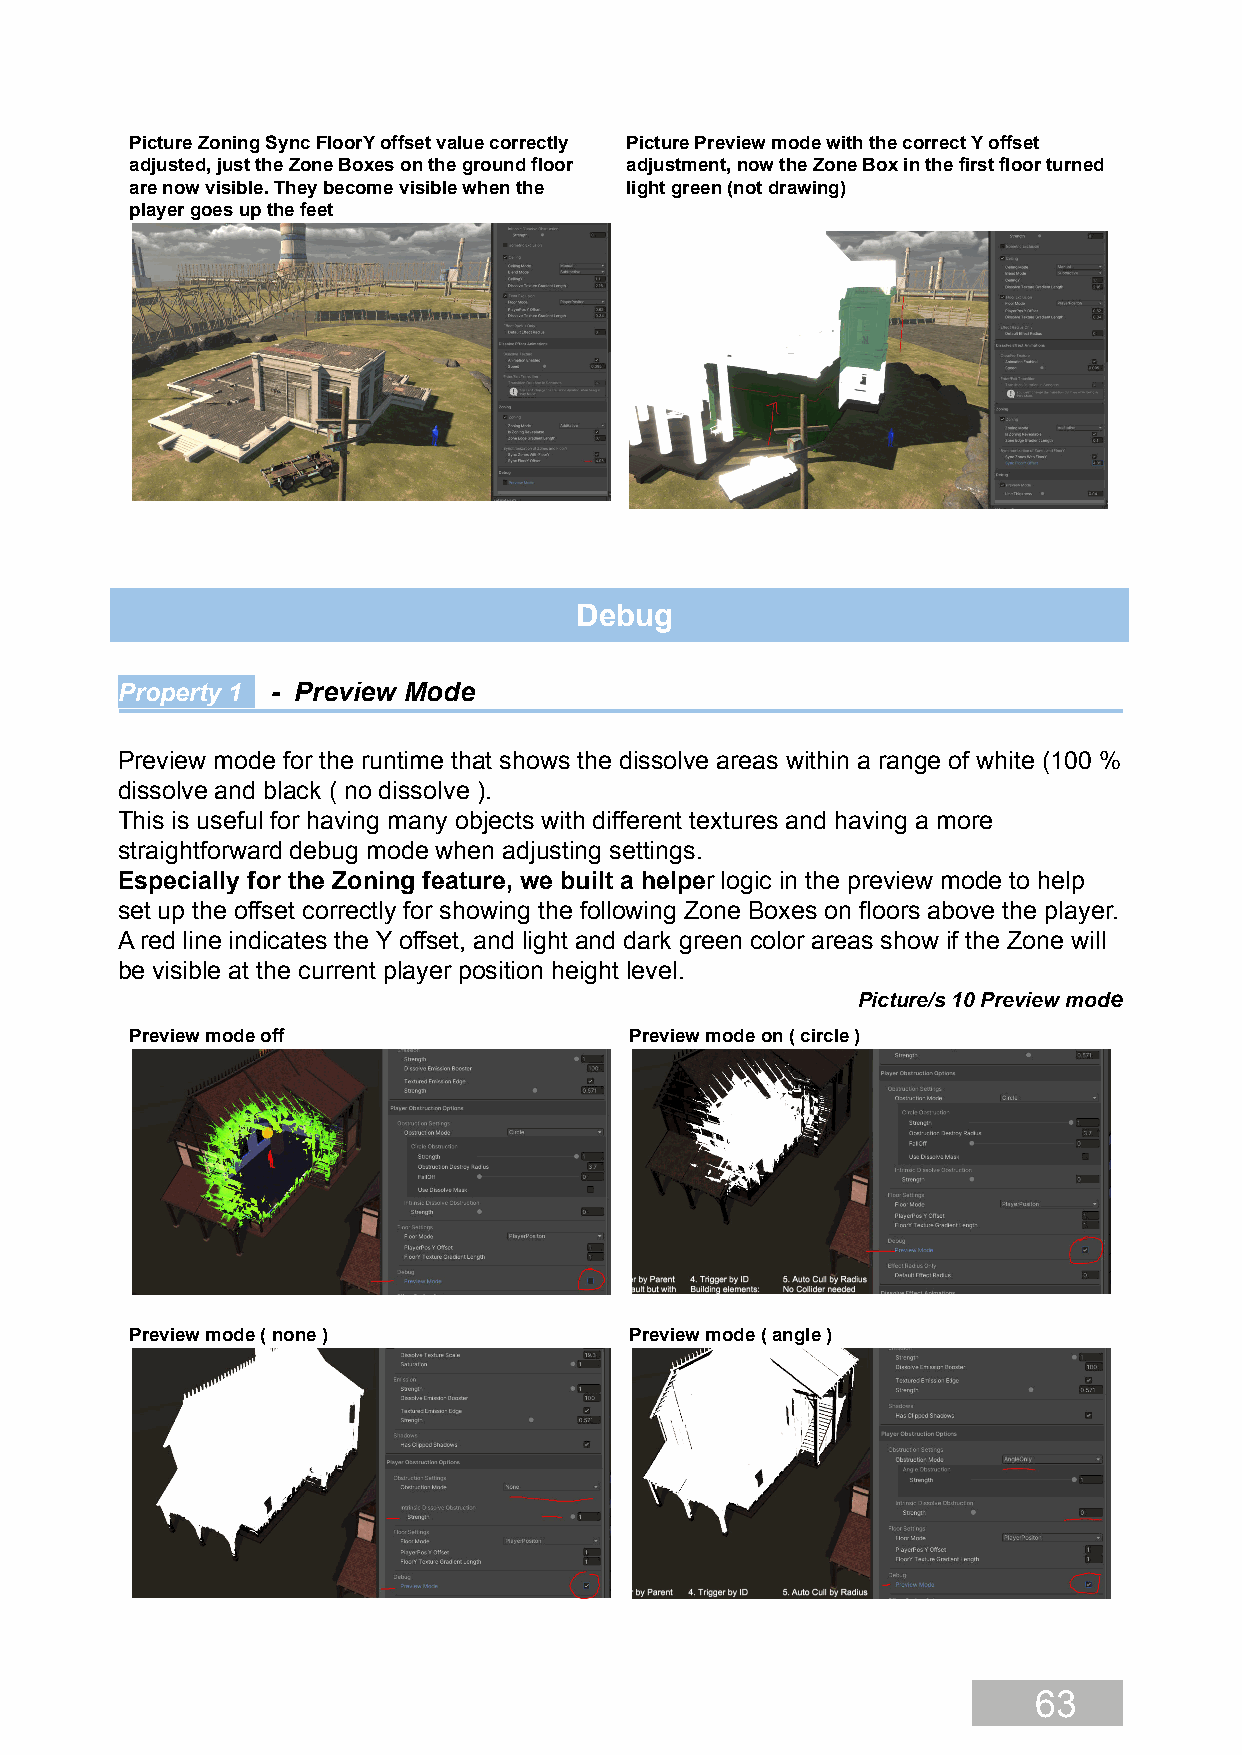
Picture Zoning Sync FloorY offset value correctly Picture Preview mode with the correct Y offset
 adjusted, just the Zone Boxes on the ground floor adjustment, now the Zone Box in the first floor turned
 are now visible. They become visible when the light green (not drawing)
 player goes up the feet
 Debug
 Property 1 - Preview Mode
 Preview mode for the runtime that shows the dissolve areas within a range of white (100 %
 dissolve and black ( no dissolve ).
 This is useful for having many objects with different textures and having a more
 straightforward debug mode when adjusting settings.
 Especially for the Zoning feature, we built a helper logic in the preview mode to help
 set up the offset correctly for showing the following Zone Boxes on floors above the player.
 A red line indicates the Y offset, and light and dark green color areas show if the Zone will
 be visible at the current player position height level.
 Picture/s 10 Preview mode
 Preview mode off                 Preview mode on ( circle )
 Preview mode ( none )            Preview mode ( angle )
 63